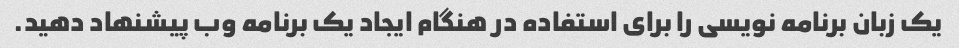
یک زبان برنامه نویسی را برای استفاده در هنگام ایجاد یک برنامه وب پیشنهاد دهید.